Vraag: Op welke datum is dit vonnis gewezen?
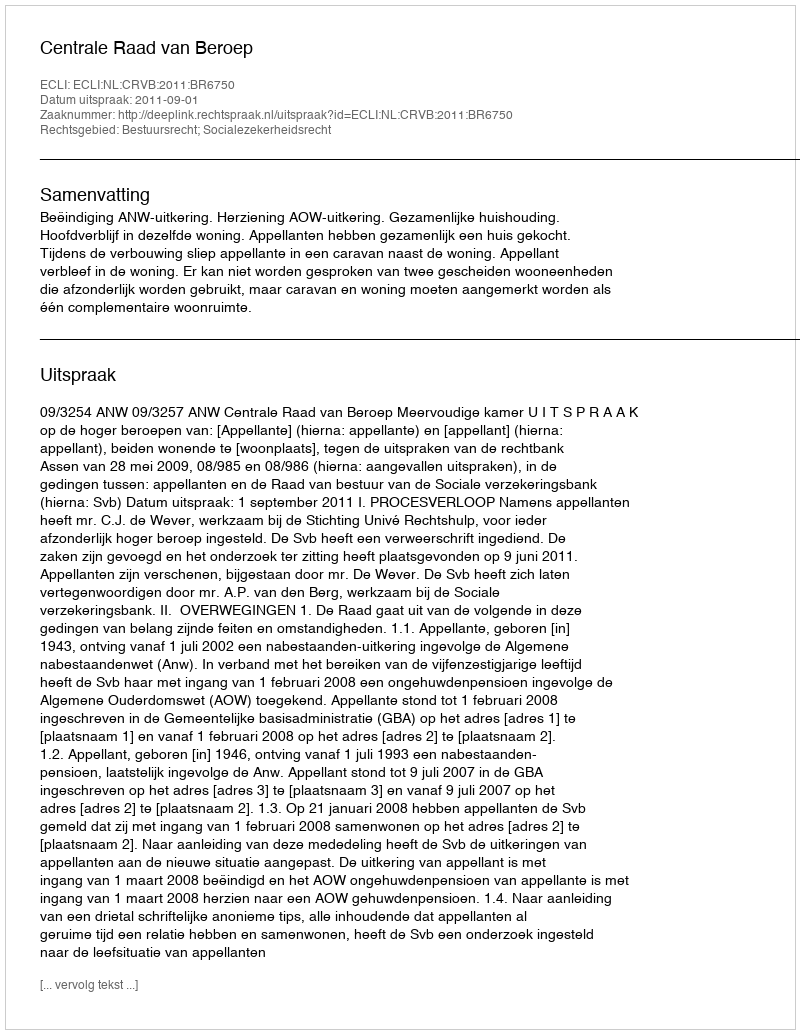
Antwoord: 2011-09-01